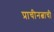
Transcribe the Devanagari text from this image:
प्राचीनत्वाची